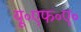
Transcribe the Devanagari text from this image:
यू॰एफ॰ए॰